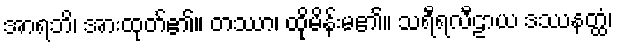
အာရဘိ၊ အားထုတ်၏။ တဿာ၊ ထိုမိန်းမ၏။ သရီရလီဠာယ ဒဿနတ္ထံ၊